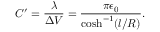
C ^ { \prime } = \frac { \lambda } { \Delta V } = \frac { \pi \epsilon _ { 0 } } { \cosh ^ { - 1 } ( { l } / { R } ) } .